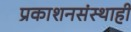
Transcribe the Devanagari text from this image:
प्रकाशनसंस्थाही